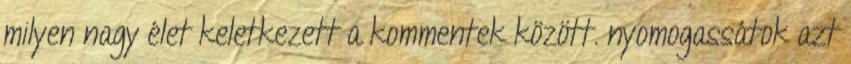
milyen nagy élet keletkezett a kommentek között. nyomogassátok azt